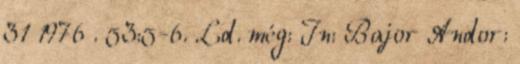
31 1976 . 53:5-6. Ld. még: In: Bajor Andor: